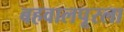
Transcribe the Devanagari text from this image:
बहवालपूरला